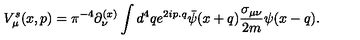
V _ { \mu } ^ { s } ( x , p ) = { \pi } ^ { - 4 } \partial _ { \nu } ^ { ( x ) } \int d ^ { 4 } q e ^ { 2 i p . q } { \bar { \psi } } ( x + q ) { \frac { \sigma _ { \mu \nu } } { 2 m } } \psi ( x - q ) .